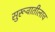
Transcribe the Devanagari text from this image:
सुरूवातीलाच